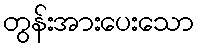
တွန်းအားပေးသော